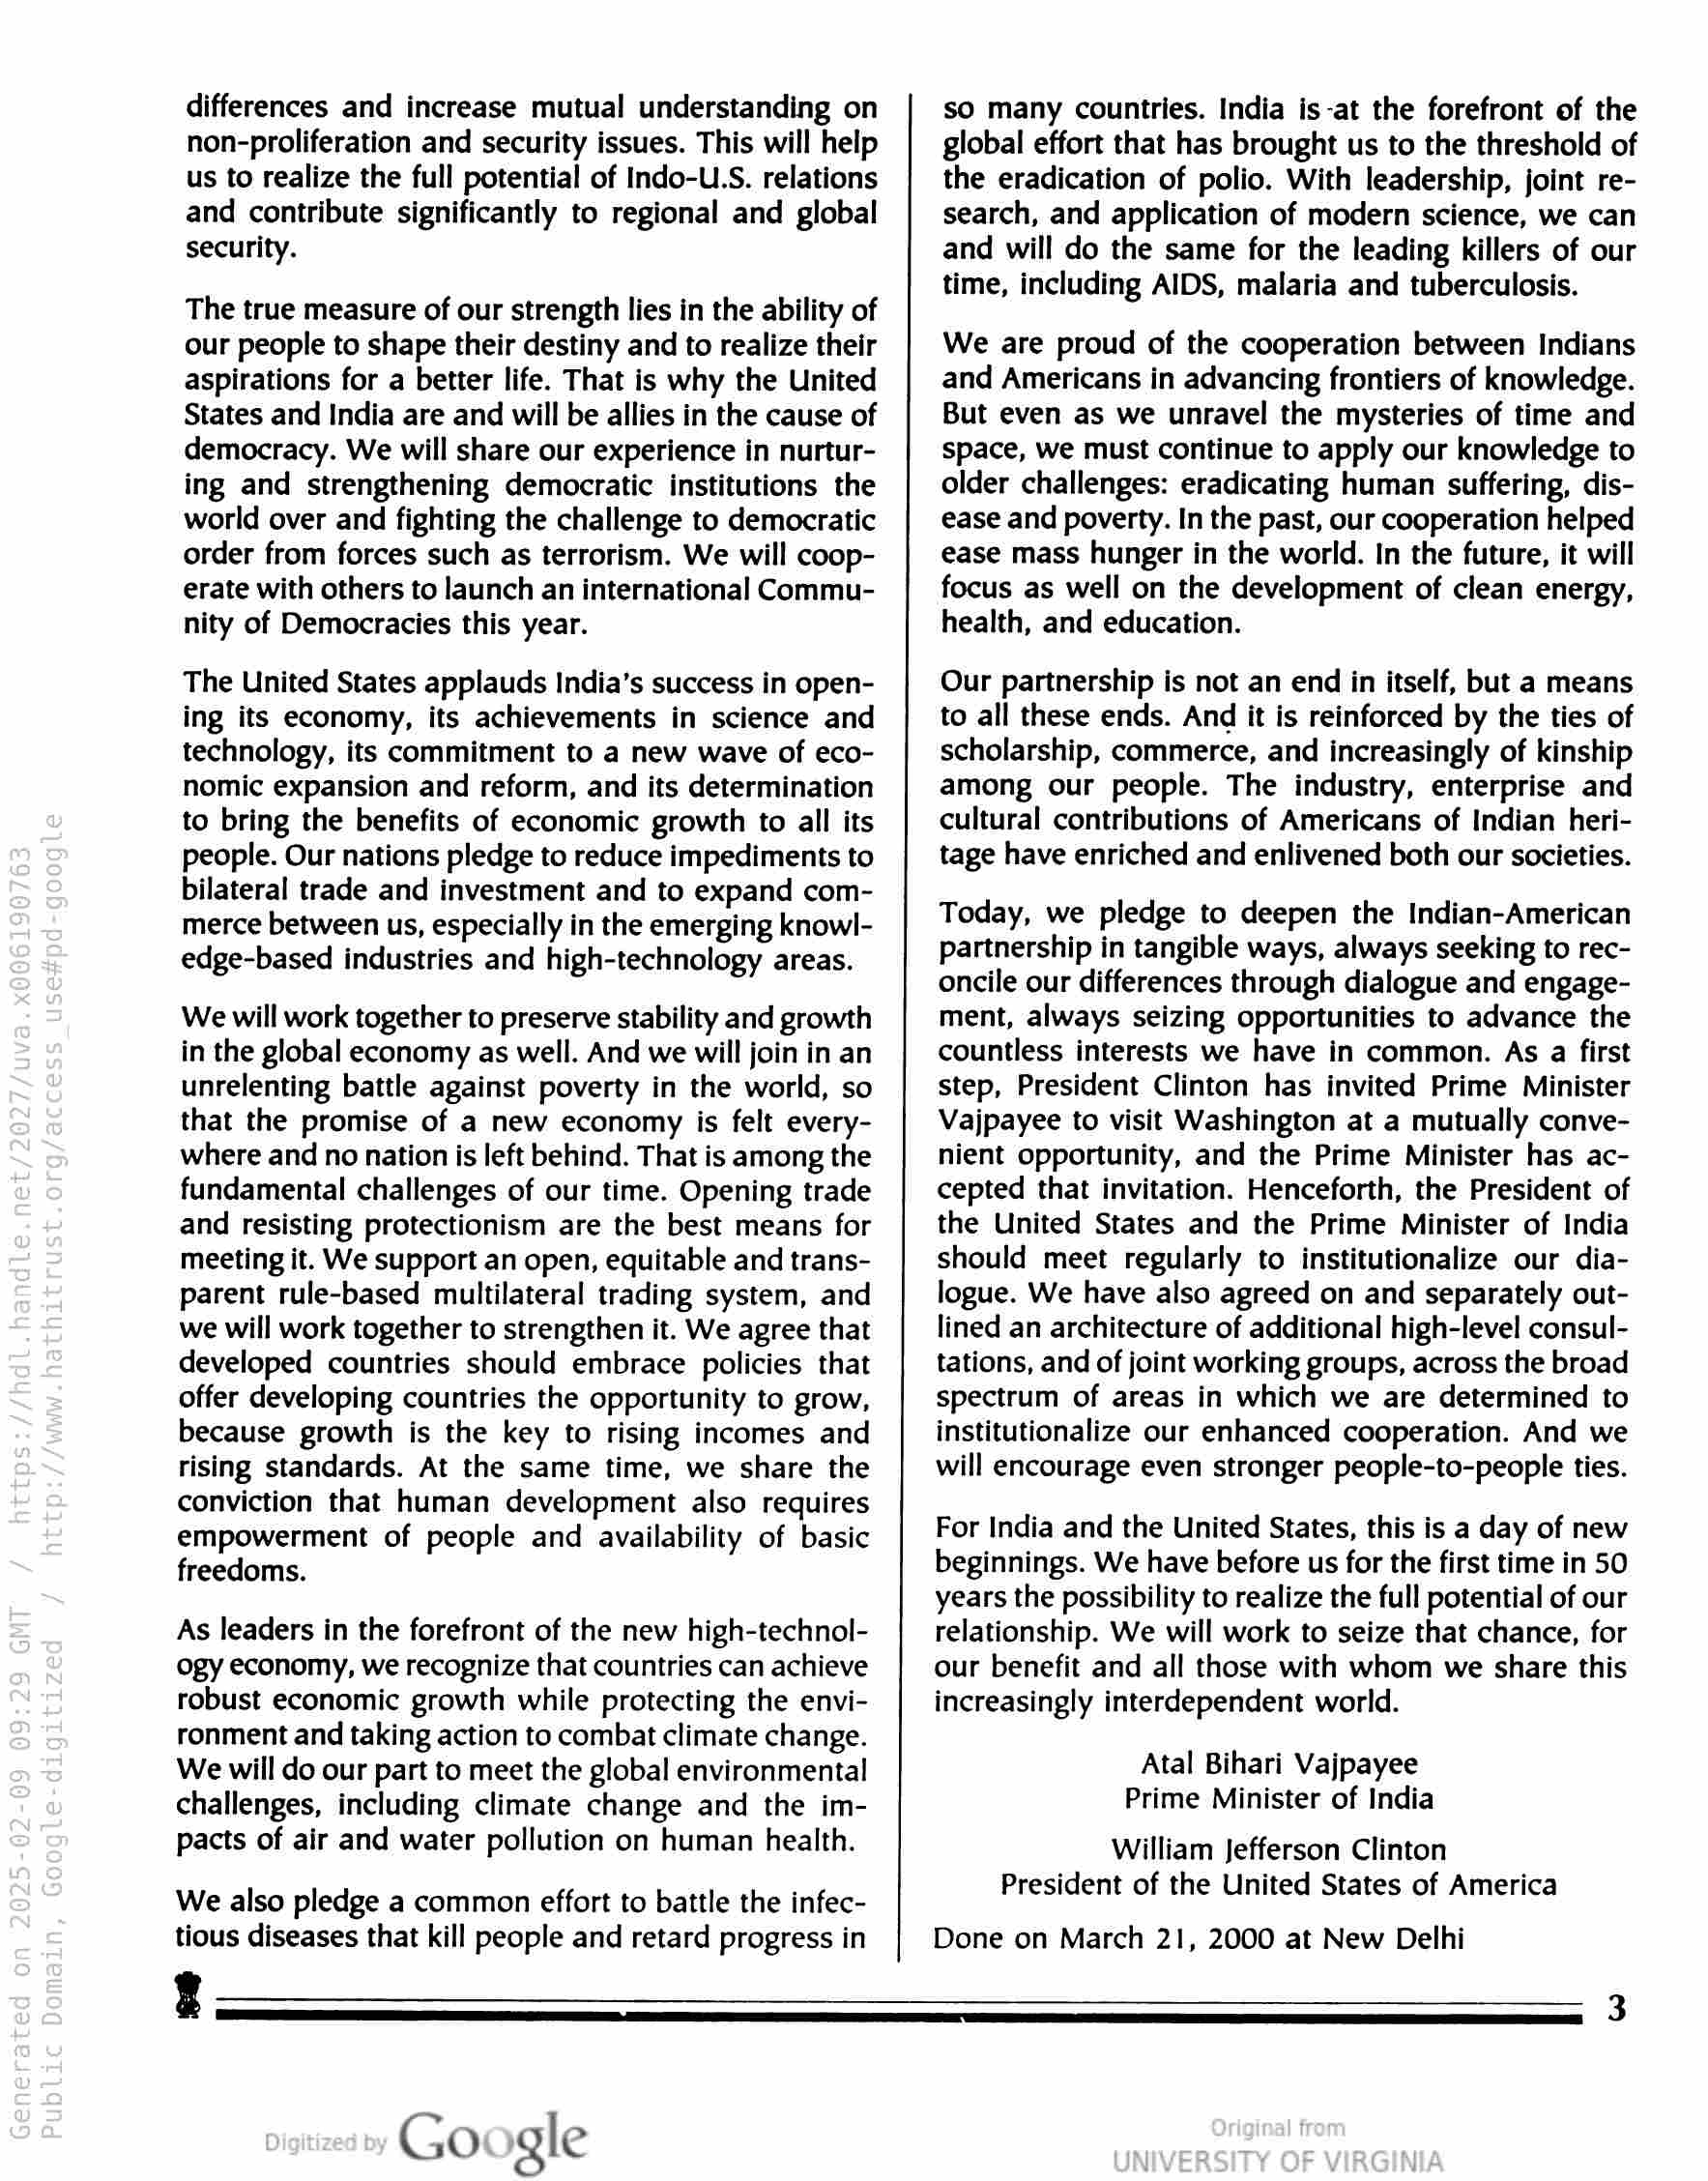
differences and increase mutual understanding on
non-proliferation and security issues. This will help
us to realize the full potential of Indo-U.S. relations
and contribute significantly to regional and global
security.

The true measure of our strength lies in the ability of
our people to shape their destiny and to realize their
aspirations for a better life. That is why the United
States and India are and will be allies in the cause of
democracy. We will share our experience in nurtur-
ing and strengthening democratic institutions the
world over and fighting the challenge to democratic
order from forces such as terrorism. We will coop-
erate with others to launch an international Commu-
nity of Democracies this year.

The United States applauds India’s success in open-
ing its economy, its achievements in science and
technology, its commitment to a new wave of eco-
nomic expansion and reform, and its determination
to bring the benefits of economic growth to all its
people. Our nations pledge to reduce impediments to
bilateral trade and investment and to expand com-
merce between us, especially in the emerging knowl-
edge-based industries and high-technology areas.

We will work together to preserve stability and growth
in the global economy as well. And we will join in an
unrelenting battle against poverty in the world, so
that the promise of a new economy is felt every-
where and no nation is left behind. That is among the
fundamental challenges of our time. Opening trade
and resisting protectionism are the best means for
meeting it. We support an open, equitable and trans-
parent rule-based multilateral trading system, and
we will work together to strengthen it. We agree that
developed countries should embrace policies that
offer developing countries the opportunity to grow,
because growth is the key to rising incomes and
rising standards. At the same time, we share the
conviction that human development also requires
empowerment of people and availability of basic
freedoms.

As leaders in the forefront of the new high-technol-
ogy economy, we recognize that countries can achieve
robust economic growth while protecting the envi-
ronment and taking action to combat climate change.
We will do our part to meet the global environmental
challenges, including climate change and the im-
pacts of air and water pollution on human health.

We also pledge a common effort to battle the infec-
tious diseases that kill people and retard progress in

so many countries. India is-at the forefront of the
global effort that has brought us to the threshold of
the eradication of polio. With leadership, joint re-
search, and application of modern science, we can
and will do the same for the leading killers of our
time, including AIDS, malaria and tuberculosis.

We are proud of the cooperation between Indians
and Americans in advancing frontiers of knowledge.
But even as we unravel the mysteries of time and
space, we must continue to apply our knowledge to
older challenges: eradicating human suffering, dis-
ease and poverty. In the past, our cooperation helped
ease mass hunger in the world. In the future, it will
focus as well on the development of clean energy,
health, and education.

Our partnership is not an end in itself, but a means
to all these ends. And it is reinforced by the ties of
scholarship, commerce, and increasingly of kinship
among our people. The industry, enterprise and
cultural contributions of Americans of Indian heri-
tage have enriched and enlivened both our societies.

Today, we pledge to deepen the Indian-American
partnership in tangible ways, always seeking to rec-
oncile our differences through dialogue and engage-
ment, always seizing opportunities to advance the
countless interests we have in common. As a first
step, President Clinton has invited Prime Minister
Vajpayee to visit Washington at a mutually conve-
nient opportunity, and the Prime Minister has ac-
cepted that invitation. Henceforth, the President of
the United States and the Prime Minister of India
should meet regularly to institutionalize our dia-
logue. We have also agreed on and separately out-
lined an architecture of additional high-level consul-
tations, and of joint working groups, across the broad
spectrum of areas in which we are determined to
institutionalize our enhanced cooperation. And we
will encourage even stronger people-to-people ties.

For India and the United States, this is a day of new
beginnings. We have before us for the first time in 50
years the possibility to realize the full potential of our
relationship. We will work to seize that chance, for
our benefit and all those with whom we share this
increasingly interdependent world.

Atal Bihari Vajpayee
Prime Minister of India

William Jefferson Clinton
President of the United States of America

Done on March 21, 2000 at New Delhi

See

Google